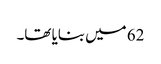
62 میں بنایا تھا۔